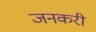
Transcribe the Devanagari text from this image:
जनकरी